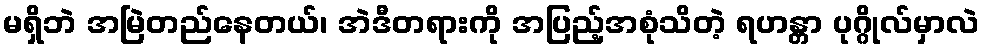
မရှိဘဲ အမြဲတည်နေတယ်၊ အဲဒီတရားကို အပြည့်အစုံသိတဲ့ ရဟန္တာ ပုဂ္ဂိုလ်မှာလဲ